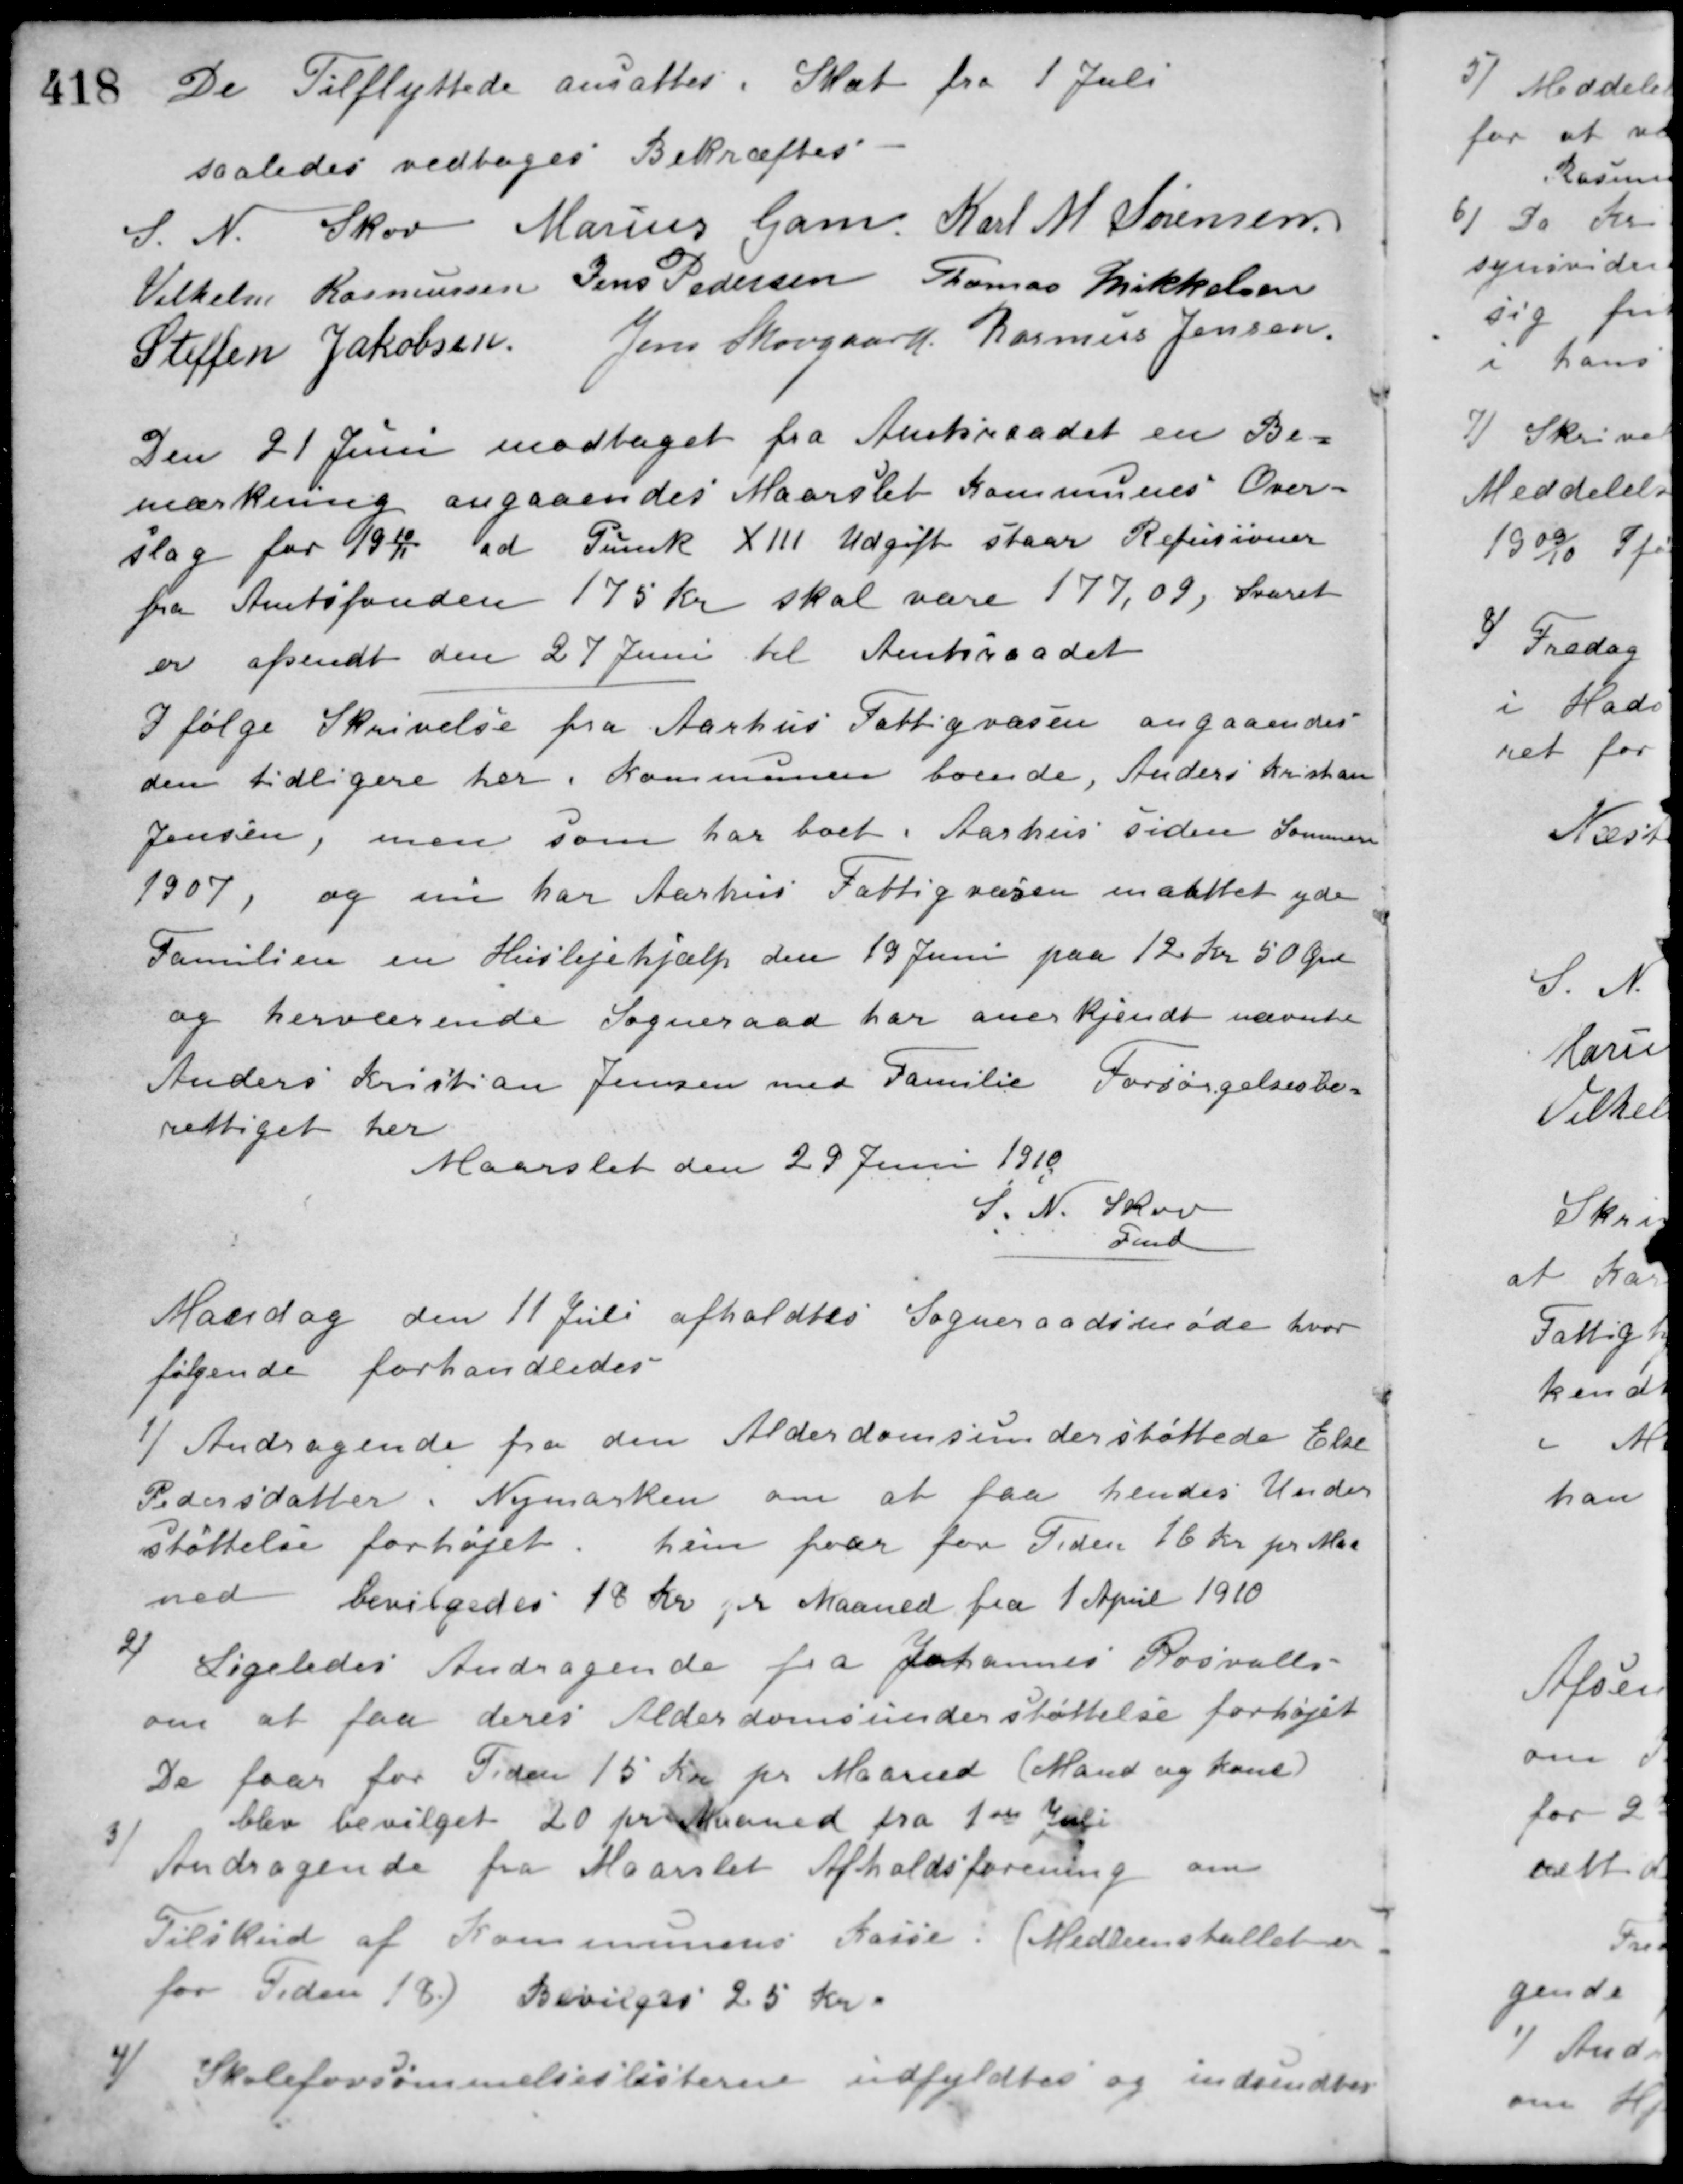
Transskription:
De Tilflyttede ansattes i Skat fra 1 Juli
saaledes vedtaget Bekræftes
S. N. Skov Marius Gam Karl M. Sørensen
Vilhelm Rasmussen Jens Pedersen Thomas Mikkelsen
Steffen Jakobsen Jens Skovgaard Rasmus Jensen
Den 21 Juni modtaget fra Amtsraadet en Be-
mærkning angaaendes Maarslet Kommunes Over-
slag for 1910/11 ad Punk XIII Udgift staar Refusioner
fra Amtsfonden 175 Kr. skal være 177,09, Svaret
er afsendt den 27 Juni til Amtsraadet
I følge Skrivelse fra Aarhus Fattigvæsen angaaendes
den tidligere her i Kommunen boende, Anders Kristan
Jensen, men som har boet i Aarhus siden Sommeren
1907, og nu har Aarhus Fattigvæsen maattet yde
Familien en Huslejehjælp den 19 Juni paa 12 Kr. 50 Øre
og herværende Sogneraad har anerkjendt nævnte
Anders Kristian Jensen med Familie Forsørgelsesbe-
rettiget her
Maarslet den 29 Juni 1910
S. N. Skov
Fmd.
Mandag den 11 Juli afholdtes Sogneraadsmøde hvor
følgende forhandledes
1/ Andragende fra den Alderdomsunderstøttede Else
Pedersdatter, Nymarken om at faa hendes Under-
støttelse forhøjet.
hun faar for Tiden 16 Kr. pr. Maa-
ned bevilgedes 18 Kr. pr. Maaned fra 1 April 1910
2/ Ligeledes Andragende fra Johannes Rosvalds
om at faa deres Alderdomsunderstøttelse forhøjet
De faar for Tiden 15 Kr. pr. Maaned (Mand og kone)
blev bevilget 20 pr. Maaned fra 1ste Juli
3/ Andragende fra Maarslet Afholdsforening om
Tilskud af Kommunens Kasse. (Medlemstallet er
for Tiden 18) Bevilges 25 Kr.
4/ Skoleforsømmelseslisterne udfyldtes og indsendtes